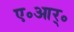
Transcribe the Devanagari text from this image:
ए॰आर्॰